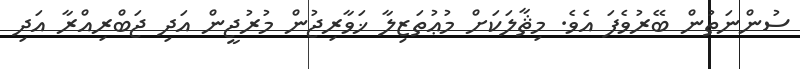
ސުންނަތުން ބޭރުވެފަ އެވެ. މިޘާލަކަށް މުޢުތަޒިލާ ޚަވާރިޖުން މުރުޖީން އަދި ޖަބްރިއްރާ އަދި